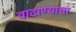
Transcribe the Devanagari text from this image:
वाटाण्याचा